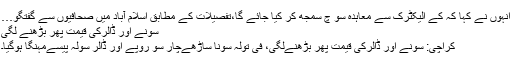
انہوں نے کہا کہ کے الیکٹرک سے معاہدہ سو چ سمجھ کر کیا جائے گا،تفصیلات کے مطابق اسلام آباد میں صحافیوں سے گفتگو…
سونے اور ڈالرکی قیمت پھر بڑھنے لگی
کراچی: سونے اور ڈالرکی قیمت پھر بڑھنےلگی، فی تولہ سونا ساڑھےچار سو روپے اور ڈالر سولہ پیسےمہنگا ہوگیا۔